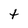
Character: t